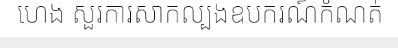
ហេង សួរការសាកល្បងឧបករណ៍កំណត់